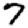
Digit: 7